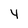
Character: 4